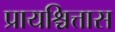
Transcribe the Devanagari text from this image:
प्रायश्चित्तास